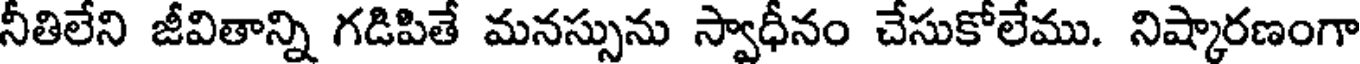
నీతిలేని జీవితాన్ని గడిపితే మనస్సును స్వాధీనం చేసుకోలేము. నిష్కారణంగా